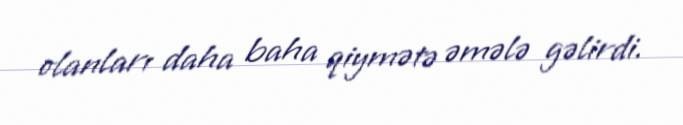
olanları daha baha qiymətə əmələ gəlirdi.